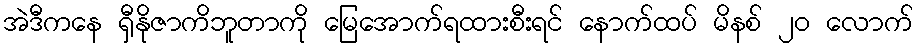
အဲဒီကနေ ရှီနိုဇာကိဘူတာကို မြေအောက်ရထားစီးရင် နောက်ထပ် မိနစ် ၂၀ လောက်